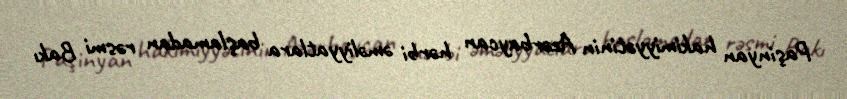
Paşinyan hakimiyyətinin Azərbaycan hərbi əməliyyatlara başlamadan rəsmi Bakı